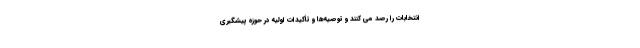
انتخابات را رصد می کنند و توصیه‌ها و تأکیدات اولیه در حوزه پیشگیری